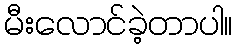
မီးလောင်ခဲ့တာပါ။